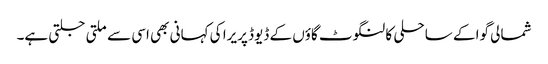
شمالی گوا کے ساحلی کالنگوٹ گاؤں کے ڈیوڈ پریرا کی کہانی بھی اسی سے ملتی جلتی ہے۔